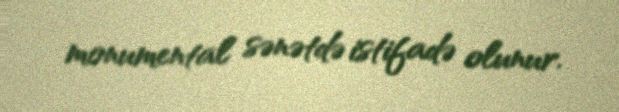
monumental sənətdə istifadə olunur.